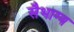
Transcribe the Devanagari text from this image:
सैभाग्य